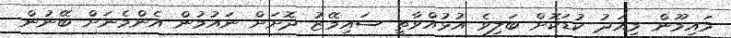
މައިމޫން މިއަދު ކުޑަކޮށް ބަލިވެ އުޅުއްވާތީ ސައިމޭޒު ދޮށަށް ނައުމުން އެންމެނަށް ބޭނުން